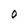
Character: O